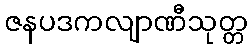
ဇနပဒကလျာဏီသုတ္တ